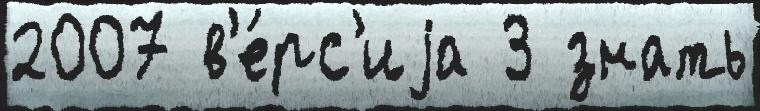
2007 в'е́рс'иjа 3 знать